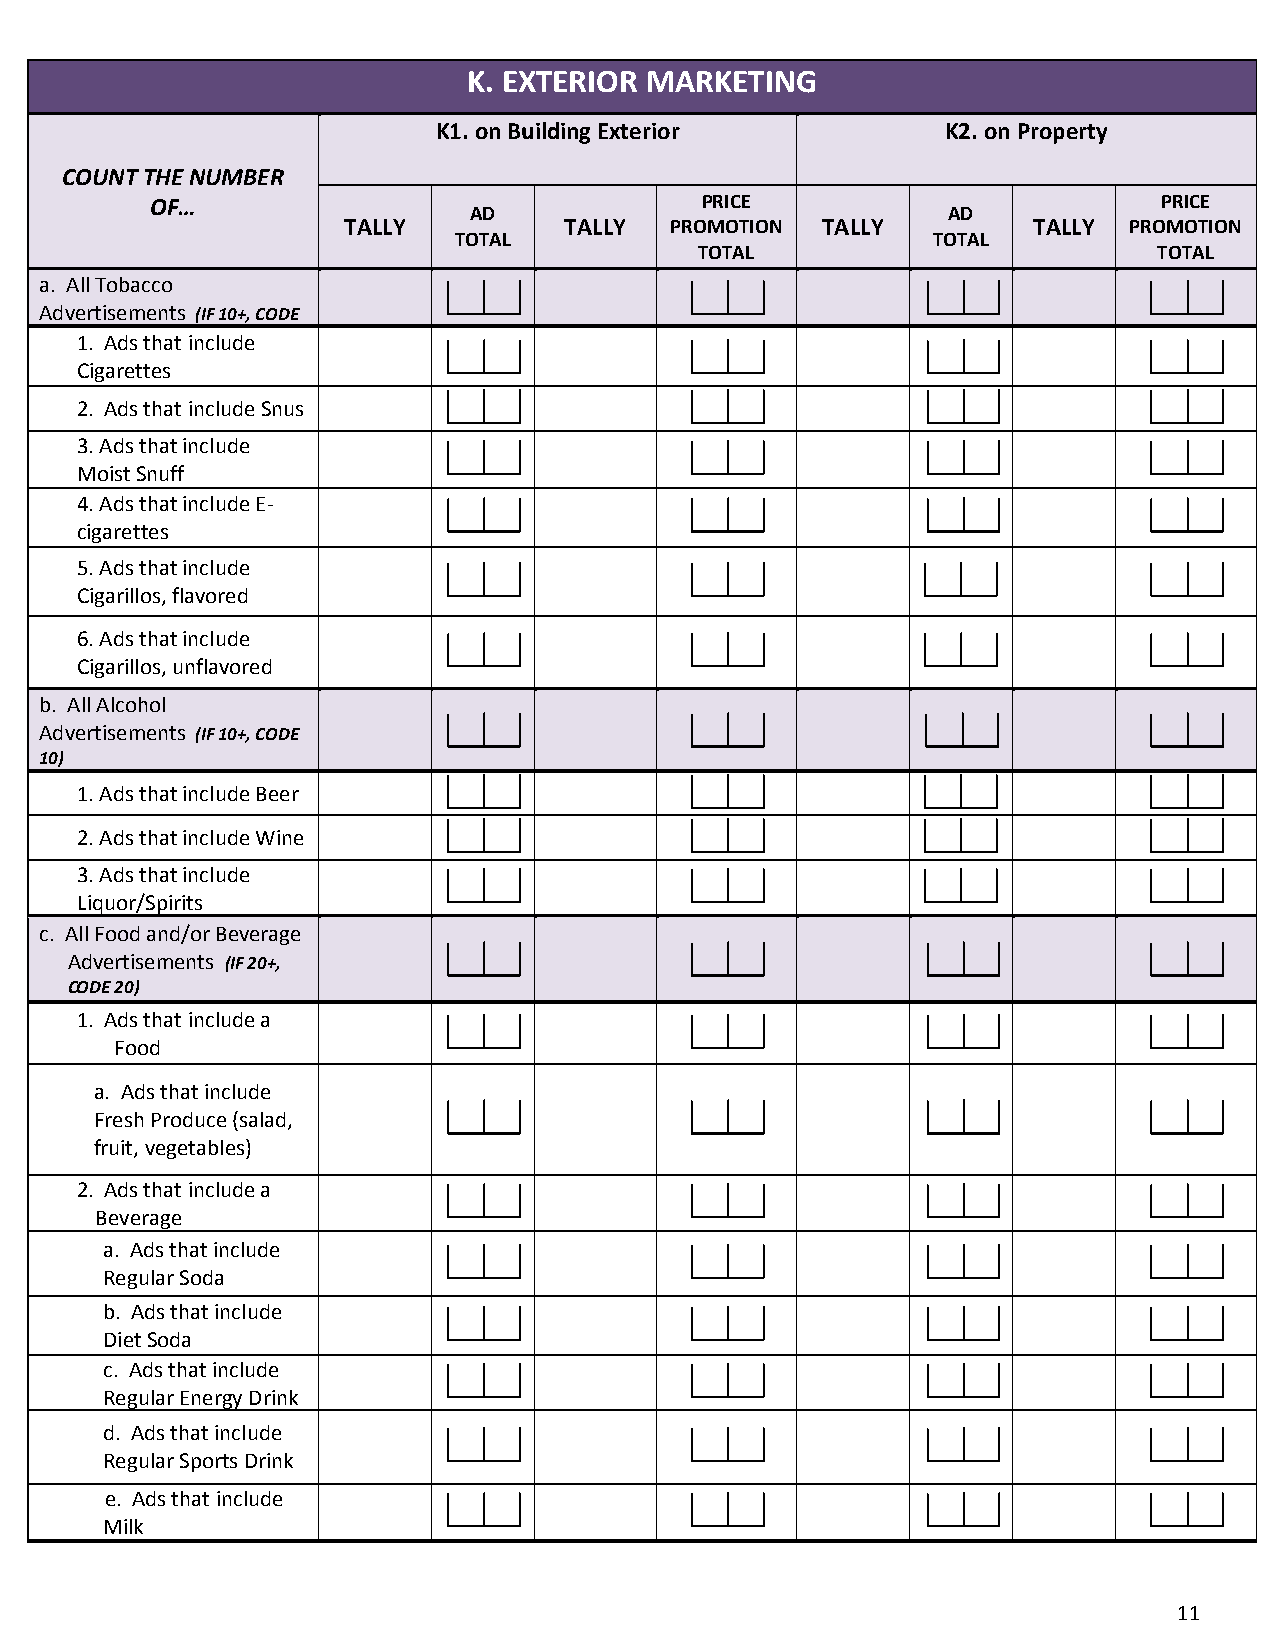
K. EXTERIOR MARKETING
 K1. on Building Exterior          K2. on Property
 COUNT THE NUMBER
 OF…                                 PRICE                          PRICE
 AD                              AD
 TALLY         TALLY  PROMOTION TALLY         TALLY  PROMOTION
 TOTAL                           TOTAL
 TOTAL                          TOTAL
 a. All Tobacco
 Advertisements (IF 10+, CODE
 1. Ads that include
 Cigarettes
 2. Ads that include Snus
 3. Ads that include
 Moist Snuff
 4. Ads that include E-
 cigarettes
 5. Ads that include
 Cigarillos, flavored
 6. Ads that include
 Cigarillos, unflavored
 b. All Alcohol
 Advertisements (IF 10+, CODE
 10)
 1. Ads that include Beer
 2. Ads that include Wine
 3. Ads that include
 Liquor/Spirits
 c. All Food and/or Beverage
 Advertisements (IF 20+,
 CODE 20)
 1. Ads that include a
 Food
 a. Ads that include
 Fresh Produce (salad,
 fruit, vegetables)
 2. Ads that include a
 Beverage
 a. Ads that include
 Regular Soda
 b. Ads that include
 Diet Soda
 c. Ads that include
 Regular Energy Drink
 d. Ads that include
 Regular Sports Drink
 e. Ads that include
 Milk
 11